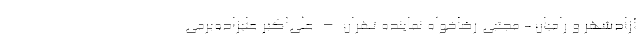
آزادشهر و رامیان - مجتبی رضاخواه نماینده تهران – علی‌اکبر علیزاده‌برمی